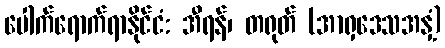
ပေါက်ရောက်ရာနိုင်ငံ: အီရန်၊ တရုတ် (အာရှဒေသအနှံ့)